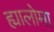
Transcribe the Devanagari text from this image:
ह्यालोमा